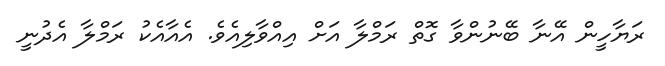
ރަޔާހީން އޭނާ ބޭނުންވާ ގޮތް ރަމްލާ އަށް އިއްވާލިއެވެ. އެއާއެކު ރަމްލާ އެދުނީ